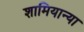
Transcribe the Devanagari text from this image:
शामियान्या